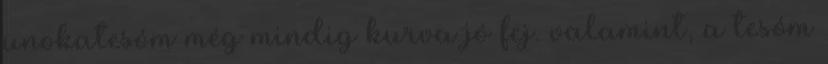
unokatesóm még mindig kurva jó fej. valamint, a tesóm